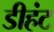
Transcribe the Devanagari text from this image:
डीहंट